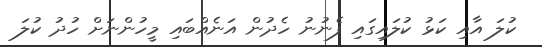
ކުލަ އާއި ކަޅު ކުލައިގައި ފެނުނު ހެދުން އަނެއްބައި މީހުންނަށް ހުދު ކުލަ